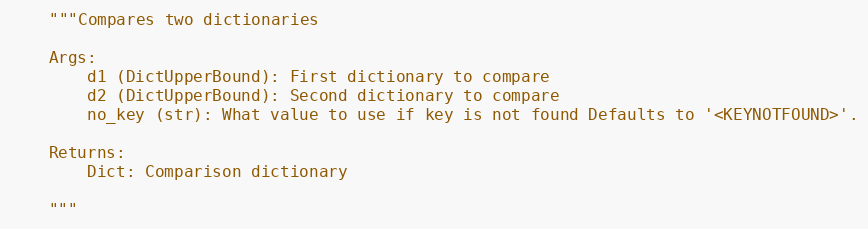
Language: Python
    """Compares two dictionaries

    Args:
        d1 (DictUpperBound): First dictionary to compare
        d2 (DictUpperBound): Second dictionary to compare
        no_key (str): What value to use if key is not found Defaults to '<KEYNOTFOUND>'.

    Returns:
        Dict: Comparison dictionary

    """